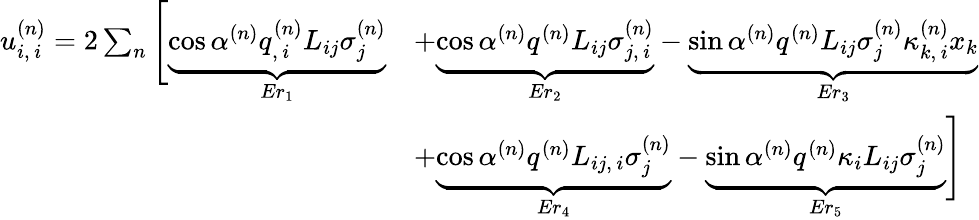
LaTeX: \begin{array}{rl}{u_{i,\, i}^{(n)}=2\sum_{n}\Bigg[\underbrace{\cos\alpha^{(n)}q_{,\, i}^{(n)}L_{ij}\sigma_{j}^{(n)}}_{Er_{1}}}&{+\underbrace{\cos\alpha^{(n)}q^{(n)}L_{ij}\sigma_{j,\, i}^{(n)}}_{Er_{2}}-\underbrace{\sin\alpha^{(n)}q^{(n)}L_{ij}\sigma_{j}^{(n)}\kappa_{k,\, i}^{(n)}x_{k}}_{Er_{3}}}\\ &{+\underbrace{\cos\alpha^{(n)}q^{(n)}L_{ij,\, i}\sigma_{j}^{(n)}}_{Er_{4}}-\underbrace{\sin\alpha^{(n)}q^{(n)}\kappa_{i}L_{ij}\sigma_{j}^{(n)}}_{Er_{5}}\Bigg]}\end{array}